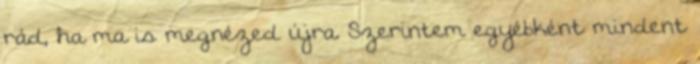
rád, ha ma is megnézed újra. Szerintem egyébként mindent